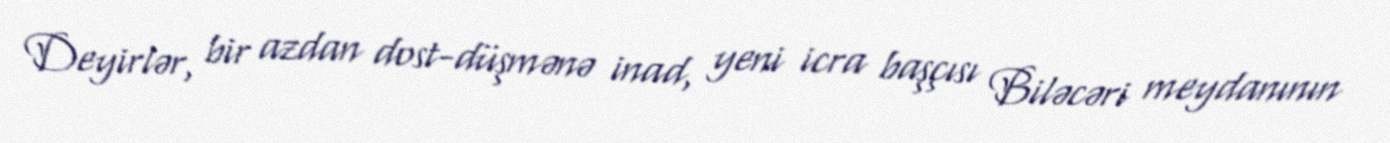
Deyirlər, bir azdan dost-düşmənə inad, yeni icra başçısı Biləcəri meydanının